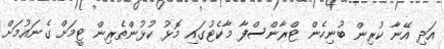
އަދި އޭނާ ކުރިން ބުނިހެން ޓްރާންސްފާ މާކެޓުގައި މޮޅު ކުޅުންތެރިން ޓީމަށް ގެނައުމަށް